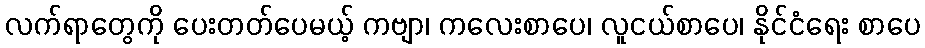
လက်ရာတွေကို ပေးတတ်ပေမယ့် ကဗျာ၊ ကလေးစာပေ၊ လူငယ်စာပေ၊ နိုင်ငံရေး စာပေ